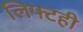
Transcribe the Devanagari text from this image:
लिफ्टही